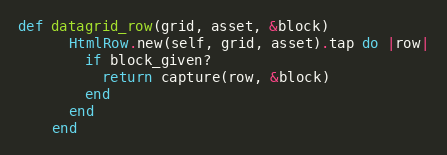
Language: Ruby
def datagrid_row(grid, asset, &block)
      HtmlRow.new(self, grid, asset).tap do |row|
        if block_given?
          return capture(row, &block)
        end
      end
    end